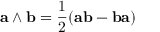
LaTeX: \mathbf { a } \wedge \mathbf { b } = { \frac { 1 } { 2 } } ( \mathbf { a b } - \mathbf { b a } )